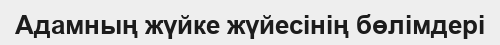
Адамның жүйке жүйесінің бөлімдері